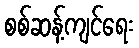
စစ်ဆန့်ကျင်ရေး